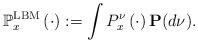
LaTeX: \begin{align*}\mathbb{P}^{\rm LBM}_x\left(\cdot\right):=\int P_x^\nu\left(\cdot\right)\mathbf{P}(d\nu).\end{align*}